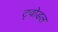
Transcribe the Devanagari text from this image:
ट्वोडल